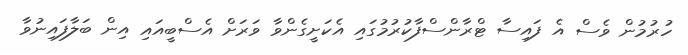
ހުރުމުން ވެސް އެ ފައިސާ ޓްރާންސްފާކުރުމުގައި އެކަށީގެންވާ ވަރަށް އެސްބީއައި އިން ބަލާފައިނުވާ